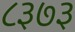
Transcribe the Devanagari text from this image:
८३७३